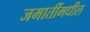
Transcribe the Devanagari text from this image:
जमातींमधील